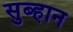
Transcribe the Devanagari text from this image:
सुब्हान